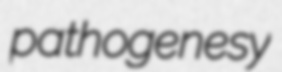
pathogenesy